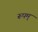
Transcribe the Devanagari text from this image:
रूपम्